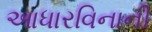
આધારવિનાની